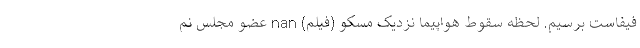
فیفاست برسیم. لحظه سقوط هواپيما نزديک مسکو (فیلم) nan عضو مجلس نم